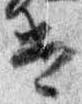
遣